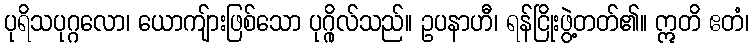
ပုရိသပုဂ္ဂလော၊ ယောကျ်ားဖြစ်သော ပုဂ္ဂိုလ်သည်။ ဥပနာဟီ၊ ရန်ငြိုးဖွဲ့တတ်၏။ ဣတိ ဧတံ၊